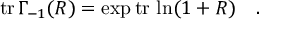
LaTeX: \mathrm { t r } \, \Gamma _ { - 1 } ( R ) = \exp \mathrm { t r } \, \ln ( 1 + R ) \quad .